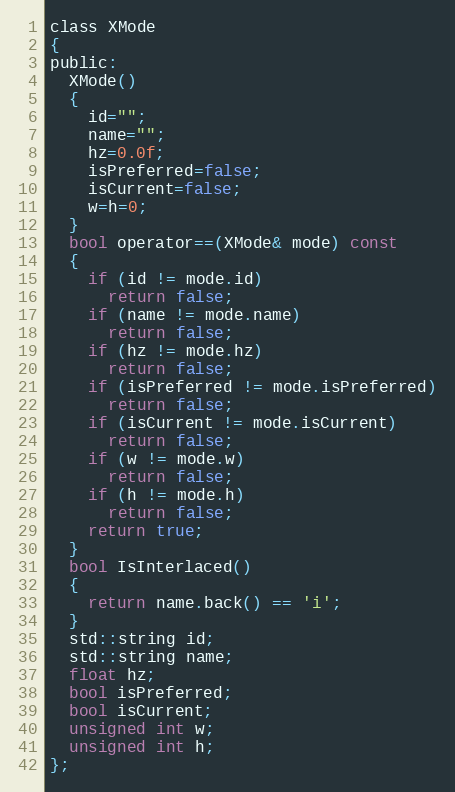
Language: C
class XMode
{
public:
  XMode()
  {
    id="";
    name="";
    hz=0.0f;
    isPreferred=false;
    isCurrent=false;
    w=h=0;
  }
  bool operator==(XMode& mode) const
  {
    if (id != mode.id)
      return false;
    if (name != mode.name)
      return false;
    if (hz != mode.hz)
      return false;
    if (isPreferred != mode.isPreferred)
      return false;
    if (isCurrent != mode.isCurrent)
      return false;
    if (w != mode.w)
      return false;
    if (h != mode.h)
      return false;
    return true;
  }
  bool IsInterlaced()
  {
    return name.back() == 'i';
  }
  std::string id;
  std::string name;
  float hz;
  bool isPreferred;
  bool isCurrent;
  unsigned int w;
  unsigned int h;
};